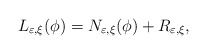
\begin{align*}L_{\varepsilon,\xi}(\phi)=N_{\varepsilon,\xi}(\phi)+R_{\varepsilon,\xi},\end{align*}